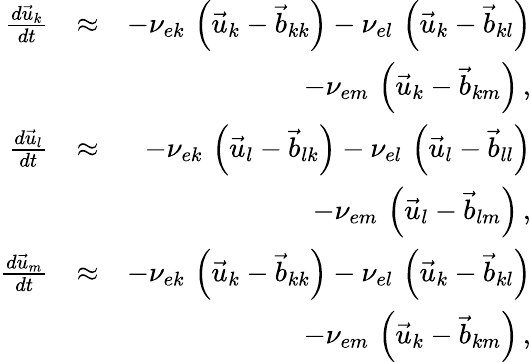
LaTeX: \begin{array}{rlr}{\frac{d\vec{u}_{k}}{dt}}&{\approx}&{-\nu_{ek}\, \left(\vec{u}_{k}-\vec{b}_{kk}\right)-\nu_{el}\, \left(\vec{u}_{k}-\vec{b}_{kl}\right)}\\ &{}&{-\nu_{em}\, \left(\vec{u}_{k}-\vec{b}_{km}\right)\, ,}\\ {\frac{d\vec{u}_{l}}{dt}}&{\approx}&{-\nu_{ek}\, \left(\vec{u}_{l}-\vec{b}_{lk}\right)-\nu_{el}\, \left(\vec{u}_{l}-\vec{b}_{ll}\right)}\\ &{}&{-\nu_{em}\, \left(\vec{u}_{l}-\vec{b}_{lm}\right)\, ,}\\ {\frac{d\vec{u}_{m}}{dt}}&{\approx}&{-\nu_{ek}\, \left(\vec{u}_{k}-\vec{b}_{kk}\right)-\nu_{el}\, \left(\vec{u}_{k}-\vec{b}_{kl}\right)}\\ &{}&{-\nu_{em}\, \left(\vec{u}_{k}-\vec{b}_{km}\right)\, ,}\end{array}